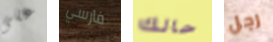
على فارسي حالك رجل